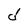
Character: d